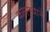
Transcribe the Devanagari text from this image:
कलण्याने